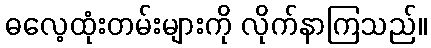
ဓလေ့ထုံးတမ်းများကို လိုက်နာကြသည်။